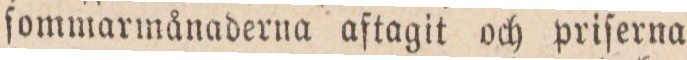
ſommarmånaderna aftagit och priſerna